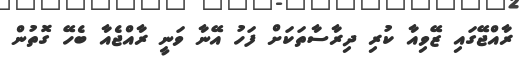
ރާއްޖޭގައި ޒޭވިއާ ކުރި ދިރާސާތަކަށް ފަހު އޭނާ ވަނީ ރާއްޖެއާ ބެހޭ ގޮތުން